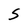
Character: S